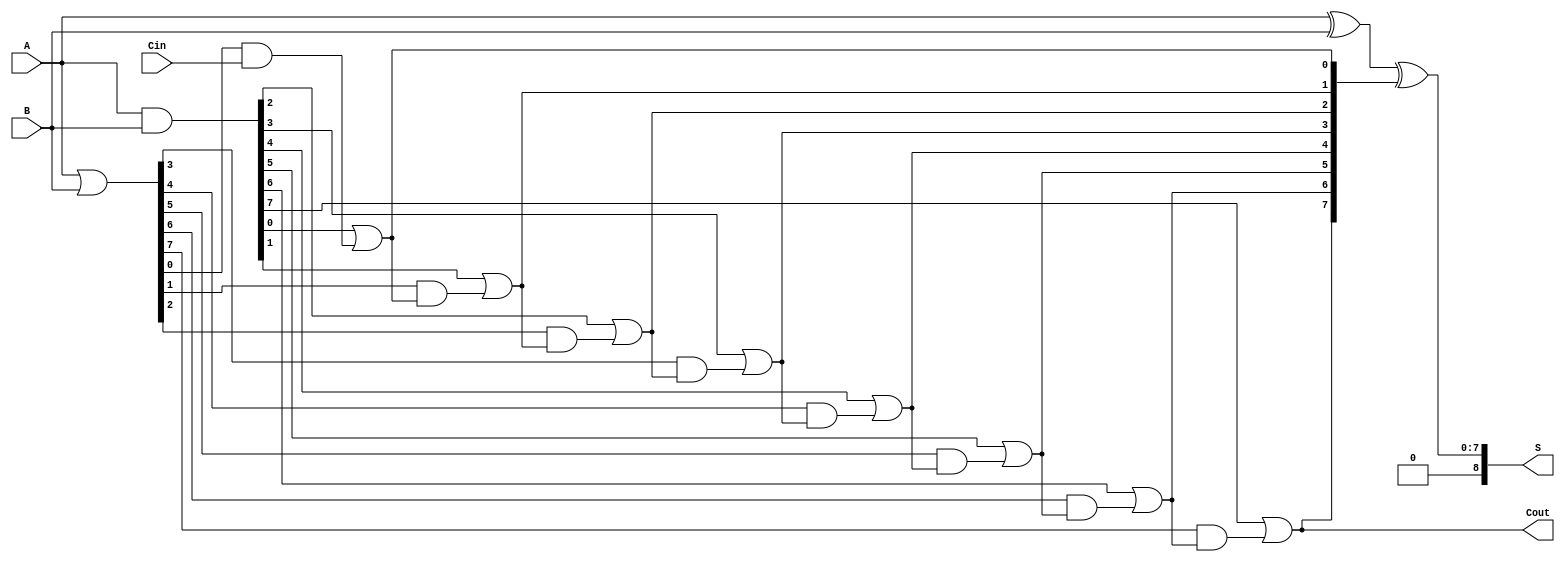
module PrecomputationCarryAdder #(parameter N = 8) (
    input  wire [N-1:0] A,      // First n-bit input
    input  wire [N-1:0] B,      // Second n-bit input
    input  wire Cin,             // Carry-in
    output wire [N:0] S,         // (n+1)-bit sum output
    output wire Cout             // Carry-out
);

    // Generate and propagate signals
    wire [N-1:0] G; // Generate signals
    wire [N-1:0] P; // Propagate signals
    wire [N:0] C;   // Carry signals

    // Generate and propagate logic
    assign G = A & B;            // G[i] = A[i] * B[i]
    assign P = A | B;            // P[i] = A[i] + B[i]

    // Carry computation
    assign C[0] = Cin;           // C[0] = Cin
    genvar i;
    generate
        for (i = 1; i <= N; i = i + 1) begin : carry_gen
            assign C[i] = G[i-1] | (P[i-1] & C[i-1]); // C[i] = G[i-1] + (P[i-1] * C[i-1])
        end
    endgenerate

    // Sum computation
    assign S = A ^ B ^ C[N:1];    // S[i] = A[i] ^ B[i] ^ C[i]

    // Carry-out
    assign Cout = C[N];           // Cout = C[n]

endmodule